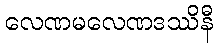
လေဏမလေဏဒဿိနီ